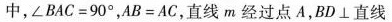
中，$$ ∠ B A C = 9 0 ° $$，$$A B = A C$$，直线m经过点A，BD⊥直线